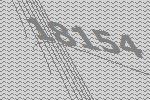
18154